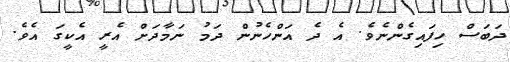
ދަބަސް ހިފައިގެންނެވެ. އެ ދެ އަންހެނުން ދަމު ނަމާދަށް އެރީ އެކީގަ އެވެ.